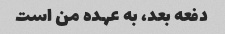
دفعه بعد، به عهده من است